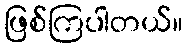
ဖြစ်ကြပါတယ်။